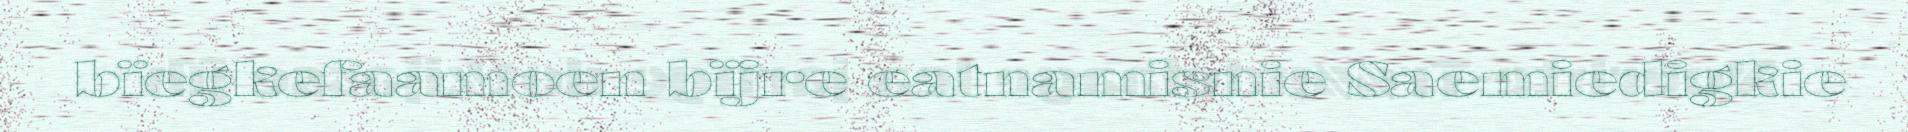
bïegkefaamoen bïjre eatnamisnie Saemiedigkie